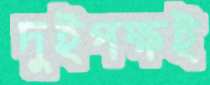
দুইপক্ষই